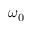
\omega _ { 0 }